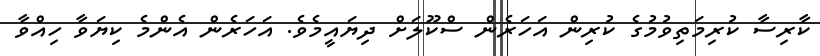
ކާރިސާ ކުރިމަތިވުމުގެ ކުރިން އަހަރެން ސްކޫލަށް ދިޔައީމެވެ. އަހަރެން އެންމެ ކިޔަވާ ހިއްވާ